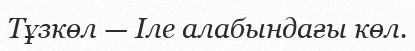
Тұзкөл — Іле алабындағы көл.